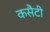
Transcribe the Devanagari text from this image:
कसैटी